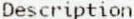
DESCRIPTION